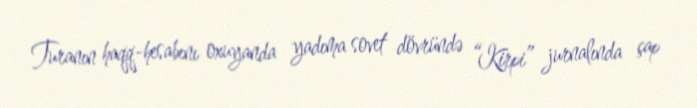
Turanın haqq-hesabını oxuyanda yadıma sovet dövründə “Kirpi” jurnalında çap